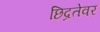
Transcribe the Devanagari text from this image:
छिद्रतेवर